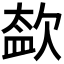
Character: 𣣥